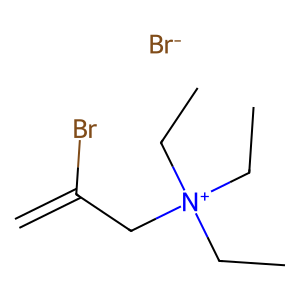
SMILES: C=C(Br)C[N+](CC)(CC)CC.[Br-]
Inhibits HIV replication: No